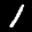
Label: 1